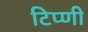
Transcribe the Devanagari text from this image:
टिप्णी